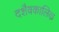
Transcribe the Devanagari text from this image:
दशैवकालिक